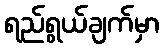
ရည်ရွယ်ချက်မှာ